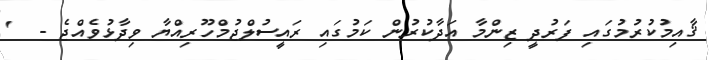
ޤާއިމުކުރުމުގައި ފަރުދީ ޒިންމާ އަދާކުރުން ކަމުގައި ރައީސުލްޖުމްހޫރިއްޔާ ވިދާޅުވެއްޖެ -  '